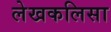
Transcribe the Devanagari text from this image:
लेखकलिसा